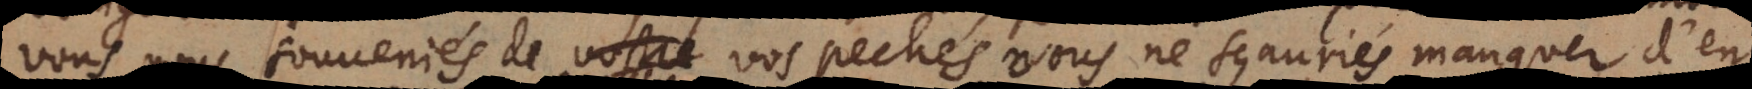
vous souveniés de vos pechés, vous ne sçauriés manquer d’en